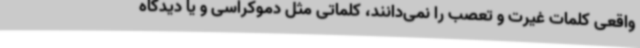
واقعی کلمات غیرت و تعصب را نمی‌دانند، کلماتی مثل دموکراسی و یا دیدگاه